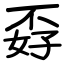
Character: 孬